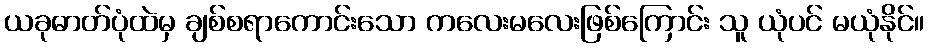
ယခုဓာတ်ပုံထဲမှ ချစ်စရာကောင်းသော ကလေးမလေးဖြစ်ကြောင်း သူ ယုံပင် မယုံနိုင်။